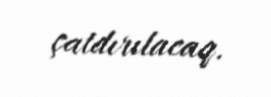
çatdırılacaq.